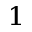
_ 1